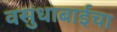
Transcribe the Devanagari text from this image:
वसुधाबाईचा